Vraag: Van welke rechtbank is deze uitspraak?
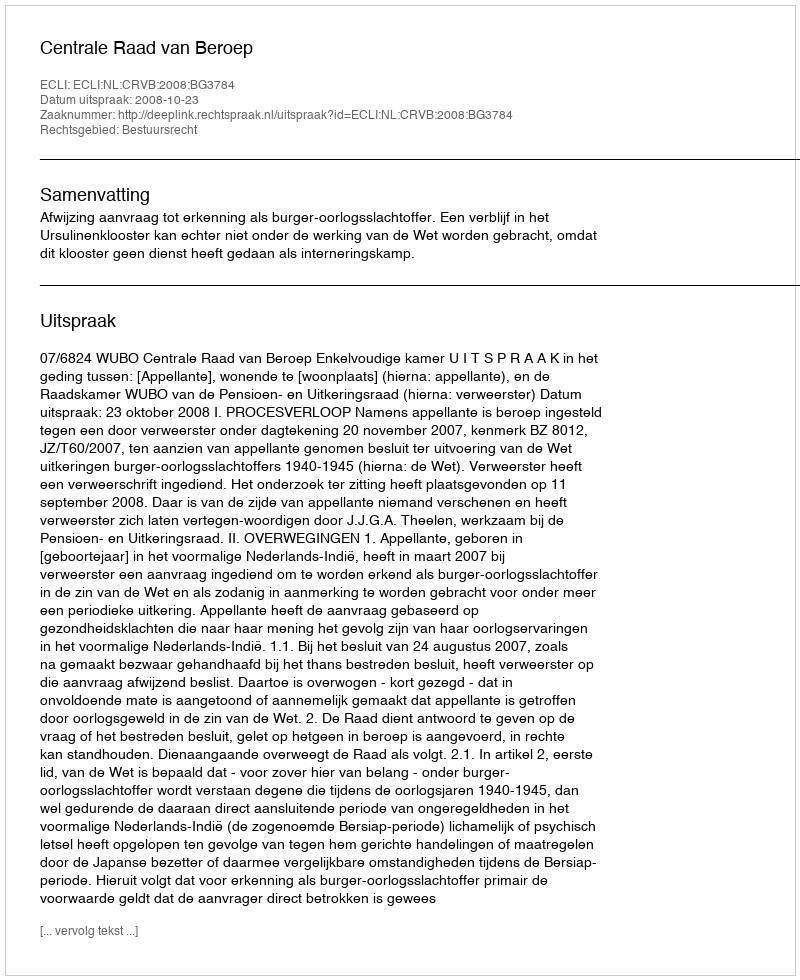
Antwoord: Centrale Raad van Beroep